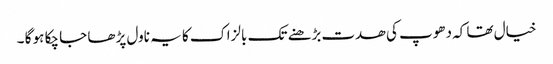
خیال تھا کہ دھوپ کی ھدت بڑھنے تک بالزاک کا یہ ناول پڑھا جا چکا ہو گا ۔